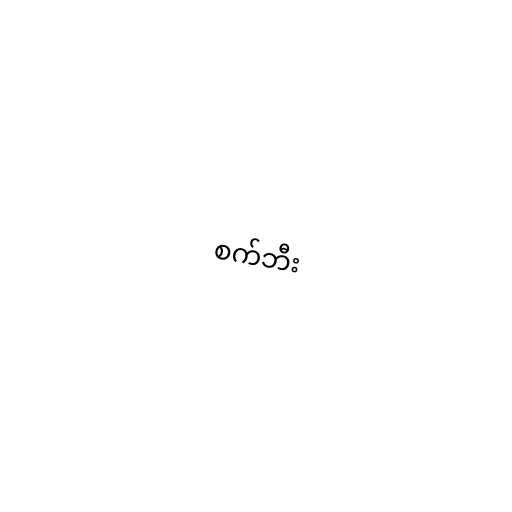
စက်ဘီး